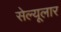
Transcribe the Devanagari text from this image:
सेल्यूलार